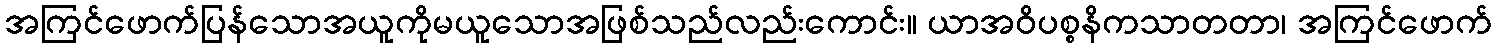
အကြင်ဖောက်ပြန်သောအယူကိုမယူသောအဖြစ်သည်လည်းကောင်း။ ယာအဝိပစ္စနိကသာတတာ၊ အကြင်ဖောက်